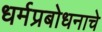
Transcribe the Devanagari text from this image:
धर्मप्रबोधनाचे